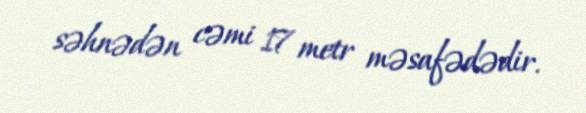
səhnədən cəmi 17 metr məsafədədir.